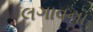
લગાવના